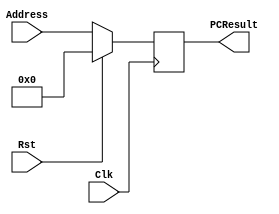
`timescale 1ns / 1ps

module ProgramCounter(Address, PCResult, Rst, Clk);
    
    input Rst, Clk;
	input [31:0] Address;
	output reg [31:0] PCResult;
    
    always @(posedge Clk)begin
        if(Rst == 1) begin
                PCResult <= 0;
        end
        else begin
                PCResult <= Address;
        end
    end

endmodule